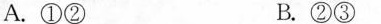
A.①② B.②③